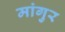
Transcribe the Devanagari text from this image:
मांगुर